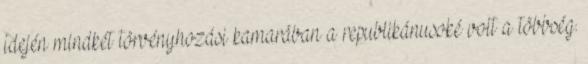
idején mindkét törvényhozási kamarában a republikánusoké volt a többség.